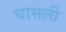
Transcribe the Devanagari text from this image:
घासली